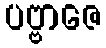
ပဗ္ဗာဇေ